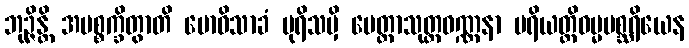
ဘုဉ္ဇိန္တိ အပစ္စက္ခိတွာတိ ဗောဓိသာခံ ပုရိသမှိ မေတ္တာသုတ္တဝဏ္ဏနာ ပရိယတ္တိဓမ္မမစ္ဆရိယေန